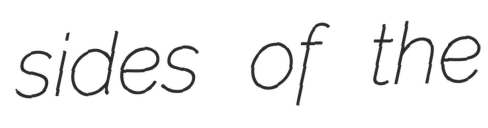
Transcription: sides of the